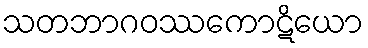
သတဘာဂဝဿကောဋိယော